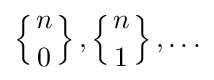
\left\{{n \atop 0}\right\},\left\{{n \atop 1}\right\},\ldots